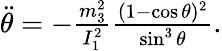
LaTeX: \begin{array}{r}{\ddot{\theta}=-\frac{m_{3}^{2}}{I_{1}^{2}}\frac{(1-\cos\theta)^{2}}{\sin^{3}\theta}.}\end{array}